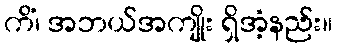
ကိံ၊ အဘယ်အကျိုး ရှိအံ့နည်း။